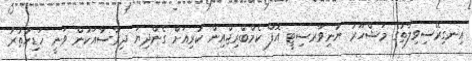
އިނގިރޭސިވިލާތުގެ މަޝްހޫރު ޔުނިވާރސިޓީ އޮފް ކެމްބްރިޖްއިން ކުރިއަށް ގެންދިޔަ ދިރާސާއަކުން ވަނީ ހަޑިހުތުރު